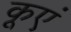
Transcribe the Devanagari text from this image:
कूएं